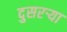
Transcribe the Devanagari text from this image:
दुसरऱ्या